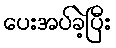
ပေးအပ်ခဲ့ပြီး